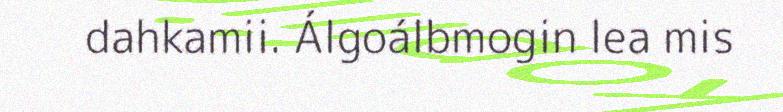
dahkamii. Álgoálbmogin lea mis